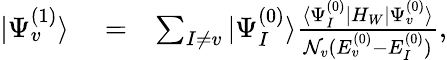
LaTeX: \begin{array}{rlr}{|\Psi_{v}^{(1)}\rangle}&{{}=}&{\sum_{I\ne v}|\Psi_{I}^{(0)}\rangle\frac{\langle\Psi_{I}^{(0)}|H_{W}|\Psi_{v}^{(0)}\rangle}{{\cal N}_{v}(E_{v}^{(0)}-E_{I}^{(0)})},}\end{array}